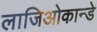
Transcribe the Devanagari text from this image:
लाजिओकान्डे